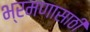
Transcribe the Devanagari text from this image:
भ्रमणासाठी